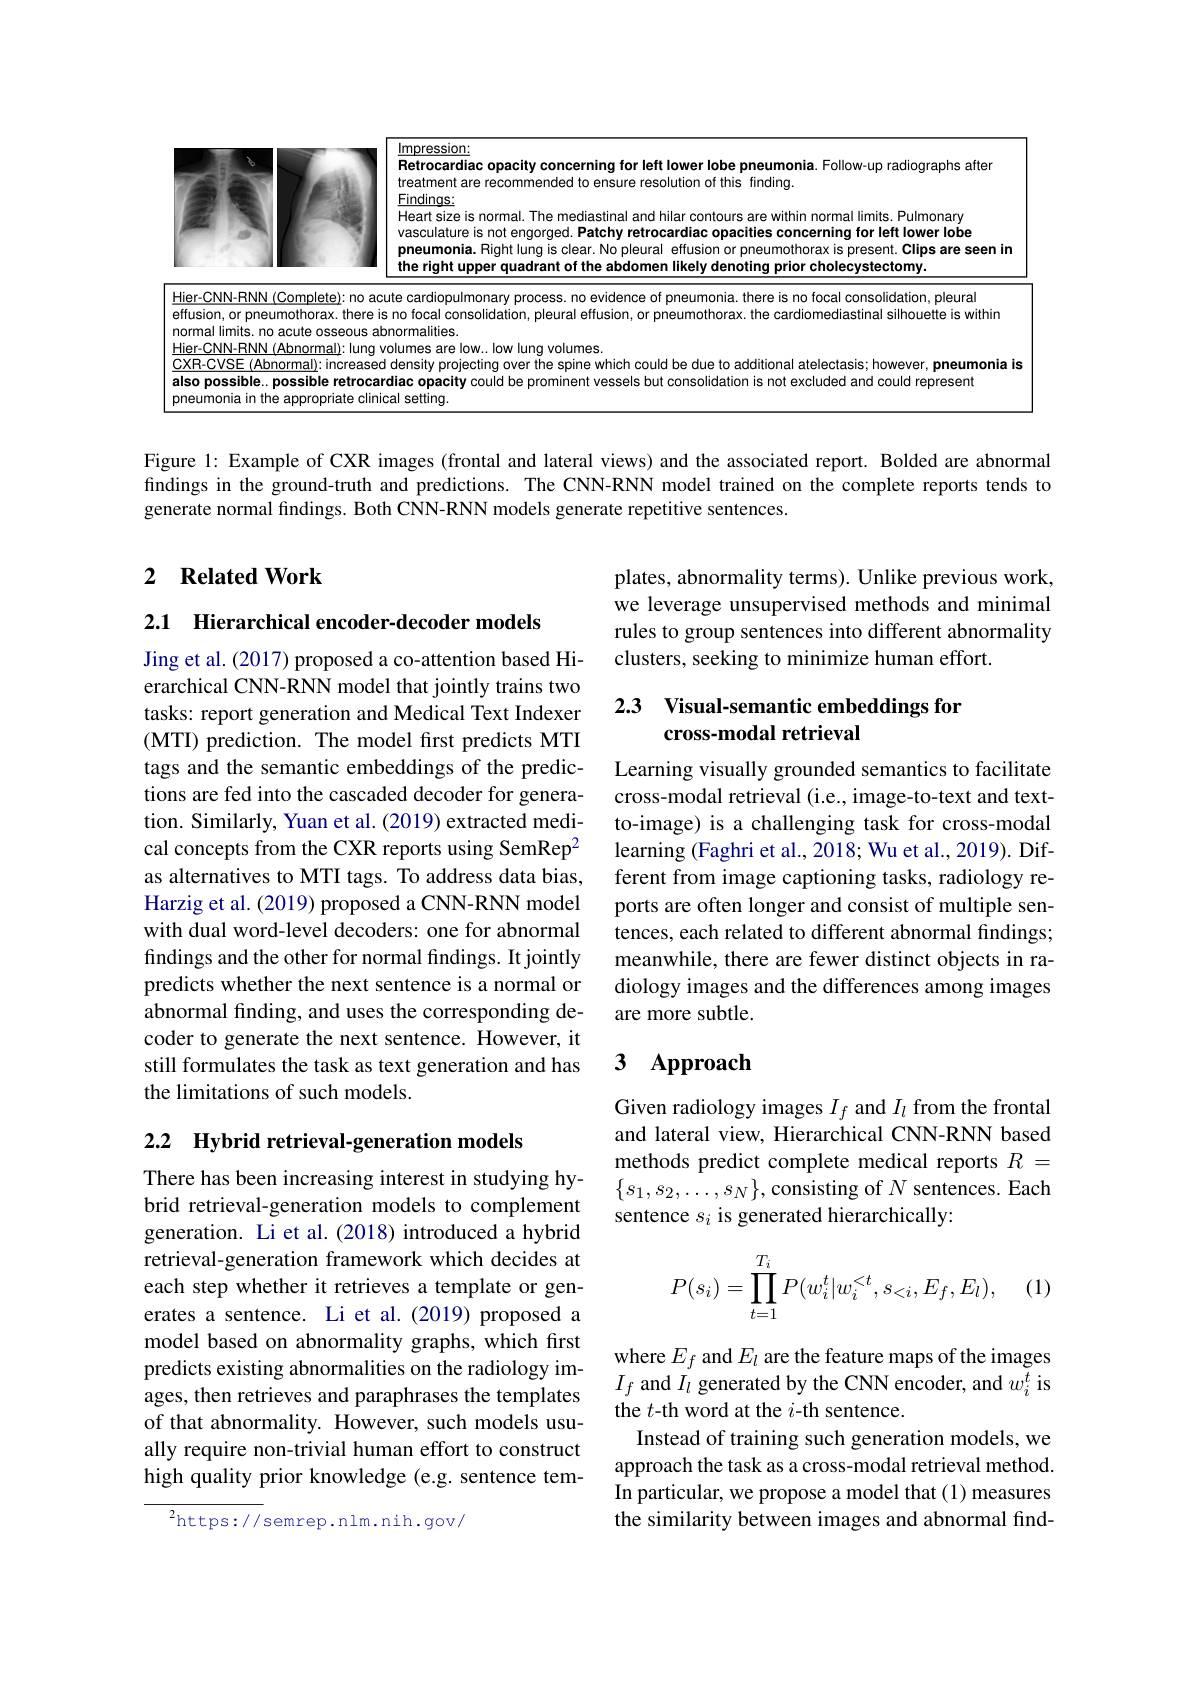
<table>
	<tbody>
		<tr>
			<td>10 1 10 120 19</td>
			<td>Retrocardiac opacity concerning for left lower lobe pneumonia. Follow-up radiographs after treatment are recommended to ensure resolution of this finding. Eindings: Heart size is normal. The mediastinal and hilar contours are within normal limits. Pulmonary vasculature is not engorged. Patchy retrocardiac opacitles concerning for left lower lobe pneumonia. Right lung is clear. No pleural effusion or pneumothorax is present. Clips are seen in the right upper quadrant of the abdomen likely denoting prior cholecystectomy.</td>
		</tr>
		<tr>
			<td>Hier-CNN-RNN(Complete) effusion, or pneumothorax. normal limits. no acute osse</td>
			<td>mplete): no acute cardiopulmonary process. no evidence of pneumonia. there is no focal consolidation, pleural horax. there is no focal consolidation, pleural effusion, or pneumothorax. the cardiomediastinal silhouette is within ite osseous abnormalities.</td>
		</tr>
	</tbody>
</table>

Figure l: Example of CXR images (frontal and lateral views) and the associated report. Bolded are abnormal findings in the ground-truth and predictions. The CNN-RNN model trained on the complete reports tends to generate normal findings. Both CNN-RNN models generate repetitive sentences.

## 2 $\textbf{Related Work}$

plates, abnormality terms). Unlike previous work, we leverage unsupervised methods and minimal rules to group sentences into different abnormality clusters, seeking to minimize human effort.

2.1 Hierarchical encoder-decoder models

## 2.3 Visual-semantic embeddings for cross-modal retrieval

Jing et al. (2017) proposed a co-attention based Hierarchical CNN-RNN model that jointly trains two tasks: report generation and Medical Text Indexer (MTI) prediction. The model first predicts MTI tags and the semantic embeddings of the predictions are fed into the cascaded decoder for generation. Similarly, Yuan et al. (2019) extracted medical concepts from the CXR reports using SemRep$^{2}$ as alternatives to MTI tags. To address data bias, Harzig et al. (2019) proposed a CNN-RNN model with dual word-level decoders: one for abnormal findings and the other for normal findings. It jointly predicts whether the next sentence is a normal or abnormal finding, and uses the corresponding decoder to generate the next sentence. However, it still formulates the task as text generation and has the limitations of such models.

Learning visually grounded semantics to facilitate cross-modal retrieval (i.e., image-to-text and textto-image) is a challenging task for cross-modal learning (Faghri et al., 2018; Wu et al., 2019). Different from image captioning tasks, radiology reports are often longer and consist of multiple sentences, each related to different abnormal findings; meanwhile, there are fewer distinct objects in radiology images and the differences among images are more subtle.

### 3 $\mathbf{Approach}$

2.2 Hybrid retrieval-generation models

Given radiology images $I_f$ and $I_l$ from the frontal and lateral view, Hierarchical CNN-RNN based methods predict complete medical reports $R=$ $\{s_1,s_2,\ldots,s_N\}$,consisting of $N$ sentences. Each sentence $s_i$ is generated hierarchically:
$$P(s_i)=\prod_{t=1}^{T_i}P(w_i^t|w_i^{<t},s_{<i},E_f,E_l),$$
(1)

There has been increasing interest in studying hybrid retrieval-generation models to complement generation. Li et al.(2018) introduced a hybrid retrieval-generation framework which decides at each step whether it retrieves a template or generates a sentence. Li et al.(2019) proposed a model based on abnormality graphs, which first predicts existing abnormalities on the radiology images, then retrieves and paraphrases the templates of that abnormality. However, such models usually require non-trivial human effort to construct high quality prior knowledge (e.g. sentence tem-

where $E_f$ and $E_l$ are the feature maps of the images $I_f$ and $I_l$ generated by the CNN encoder, and $w_i^t$ is the $t$-th word at the $i$-th sentence.
Instead of training such generation models, we approach the task as a cross-modal retrieval method. In particular, we propose a model that (1) measures the similarity between images and abnormal find-

$^{2}$https://semrep.nlm.nih.gov/